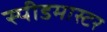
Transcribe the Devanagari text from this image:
स्पीडमास्टर